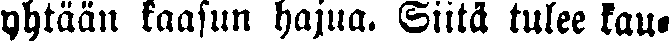
yhtään kaasun hajua. Siitä tulee kau-